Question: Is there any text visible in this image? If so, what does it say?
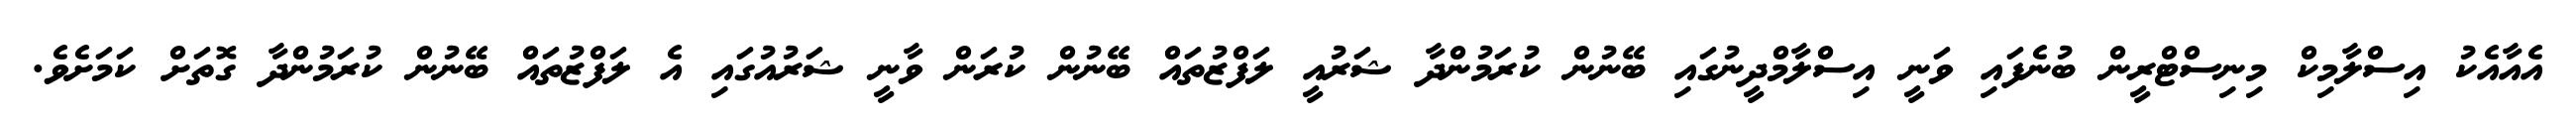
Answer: އެއާއެކު އިސްލާމިކް މިނިސްޓްރީން ބުނެފައި ވަނީ އިސްލާމްދީނުގައި ބޭނުން ކުރަމުންދާ ޝަރުއީ ލަފްޒުތައް ބޭނުން ކުރަން ވާނީ ޝަރުއުގައި އެ ލަފްޒުތައް ބޭނުން ކުރަމުންދާ ގޮތަށް ކަމަށެވެ.